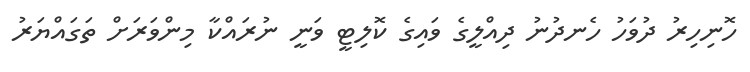
ހޮނިހިރު ދުވަހު ހެނދުނު ދިއްލީގެ ވައިގެ ކޮލިޓީ ވަނީ ނުރައްކާ މިންވަރަށް ތަގައްޔަރު